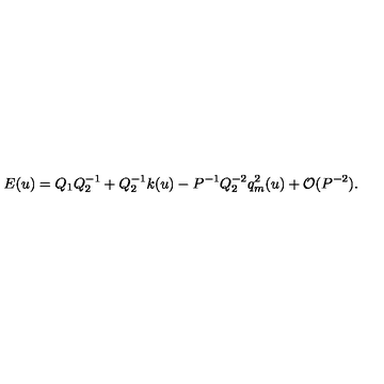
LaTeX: E ( u ) = Q _ { 1 } Q _ { 2 } ^ { - 1 } + Q _ { 2 } ^ { - 1 } k ( u ) - P ^ { - 1 } Q _ { 2 } ^ { - 2 } q _ { m } ^ { 2 } ( u ) + { \cal O } ( P ^ { - 2 } ) .